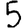
Digit: 5